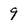
Character: 9